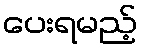
ပေးရမည့်